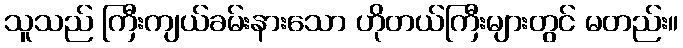
သူသည် ကြီးကျယ်ခမ်းနားသော ဟိုတယ်ကြီးများတွင် မတည်း။